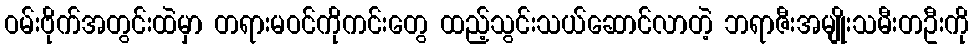
ဝမ်းဗိုက်အတွင်းထဲမှာ တရားမဝင်ကိုကင်းတွေ ထည့်သွင်းသယ်ဆောင်လာတဲ့ ဘရာဇီးအမျိုးသမီးတဦးကို